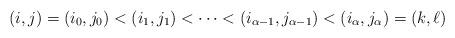
LaTeX: \begin{align*} (i,j)=(i_0,j_0)< (i_1,j_1)< \cdots <(i_{\alpha-1},j_{\alpha-1})<(i_{\alpha},j_\alpha)=(k,\ell) \end{align*}